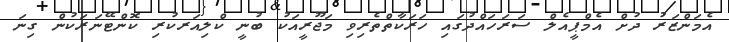
އެމަންޒަރު ދުށް އެމްޕީއެލް ސަރަހައްދުގައި ހަރަކާތްތެރިވި މަޖޫރީއަކު ބުނީ ކްލިއަރކުރި ކޮންޓޭނަރަކުން ގިނަ